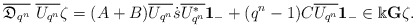
\begin{align*}\overline{\mathfrak{D}_{q^n}}\ \overline{U_{q^n}}\zeta= (A+B)\overline{U_{q^n}} \dot{s} \overline{U^*_{q^n}}{\bf 1}_{-} + (q^n-1)C \overline{U_{q^n}}{\bf 1}_{-} \in \Bbbk {\bf G}\zeta.\end{align*}